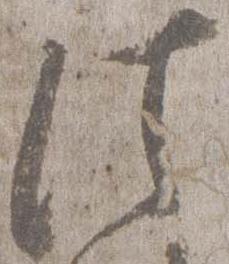
法